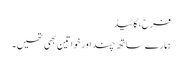
فرح،گائیڈ
ہمارے ساتھ چند اور خواتین بھی تھیں۔